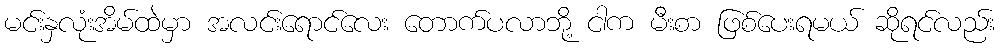
မင်းနှလုံးအိမ်ထဲမှာ အလင်းရောင်လေး တောက်ပလာဘို့ ငါက မီးစာ ဖြစ်ပေးရမယ် ဆိုရင်လည်း